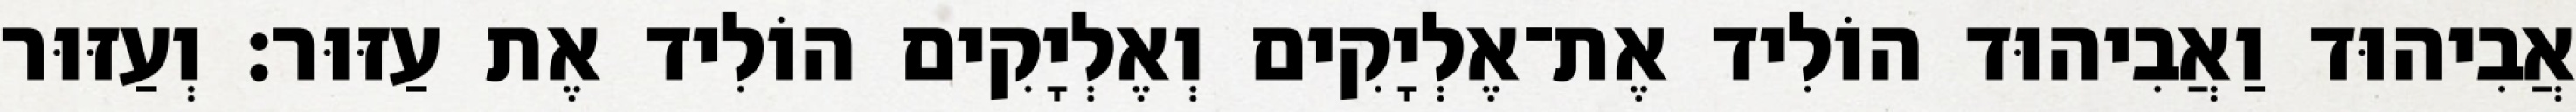
אֲבִיהוּד וַאֲבִיהוּד הוֹלִיד אֶת־אֶלְיָקִים וְאֶלְיָקִים הוֹלִיד אֶת עַזּוּר׃ וְעַזּוּר